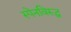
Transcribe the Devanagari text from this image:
स्पेनविरूद्ध